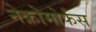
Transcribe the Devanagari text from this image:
नेक्रोमोर्फस